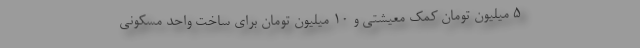
۵ میلیون تومان کمک معیشتی و ۱۰ میلیون تومان برای ساخت واحد مسکونی